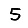
Digit: 5